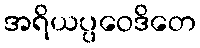
အရိယပ္ပဝေဒိတေ